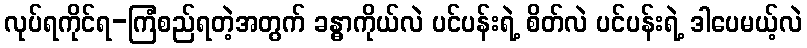
လုပ်ရကိုင်ရ-ကြံစည်ရတဲ့အတွက် ခန္ဓာကိုယ်လဲ ပင်ပန်းရဲ့ စိတ်လဲ ပင်ပန်းရဲ့ ဒါပေမယ့်လဲ